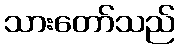
သားတော်သည်